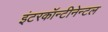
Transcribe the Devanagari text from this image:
इंटरकॉन्टीनेन्टल